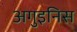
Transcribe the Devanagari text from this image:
अगुइनिस